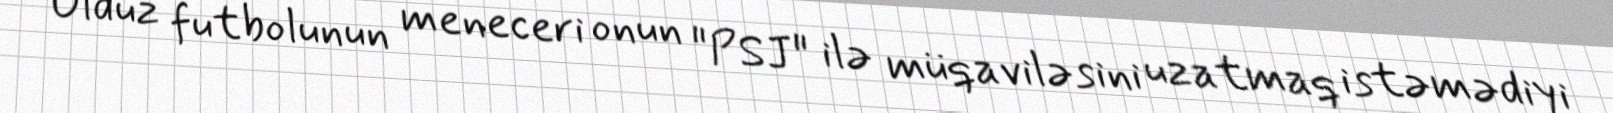
Ulduz futbolunun meneceri onun "PSJ" ilə müqaviləsini uzatmaq istəmədiyi